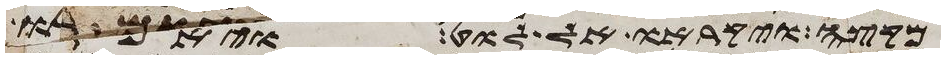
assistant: מקצה ויקראו אל לוט ויאמרו